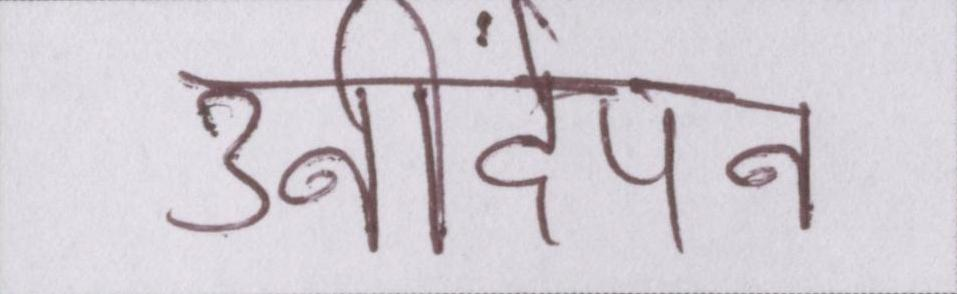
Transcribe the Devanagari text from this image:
उनींदेपन